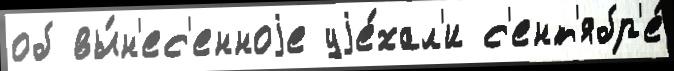
об вы́н'ес'енноjе уjе́хал'и с'ент'ябр'е́